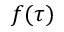
f ( \tau )